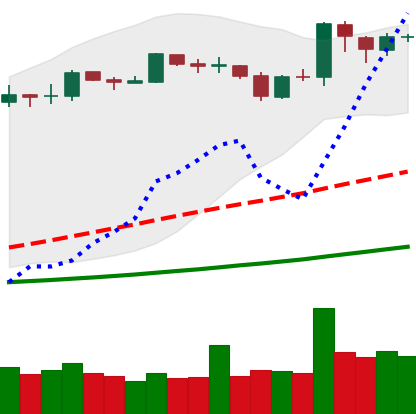
Ticker: BNB-USD
Chart end date: 2019-03-28
Forward return: 17.759%
Label: up_7plus